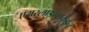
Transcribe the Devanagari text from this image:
एअरलाइन्सकडून